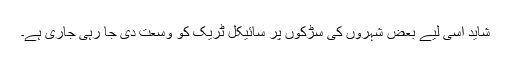
شاید اسی لیے بعض شہروں کی سڑکوں پر سائیکل ٹریک کو وسعت دی جا رہی جاری ہے۔